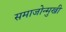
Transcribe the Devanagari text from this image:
समाजोन्मुखी